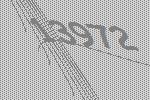
13972